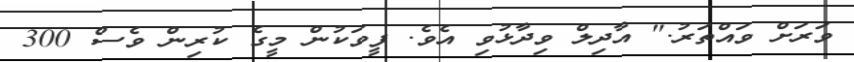
ވަރަށް ވައްތަރު." އާދިލް ވިދާޅުވި އެވެ. ފީވަކުން މީގެ ކުރިން ވެސް 300